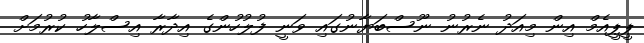
ޕީޕީއެމް އިން މިއަދު ނެރުނު ނޫސްބަޔާނުގައި ވަނީ ފުލުހުންގެ އިދާރާ އިސްލާހު ކުރުމަށް